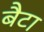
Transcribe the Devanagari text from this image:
बैटा